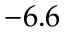
- 6 . 6